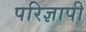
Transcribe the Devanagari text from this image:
परिज्ञापी